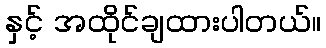
နှင့် အထိုင်ချထားပါတယ်။